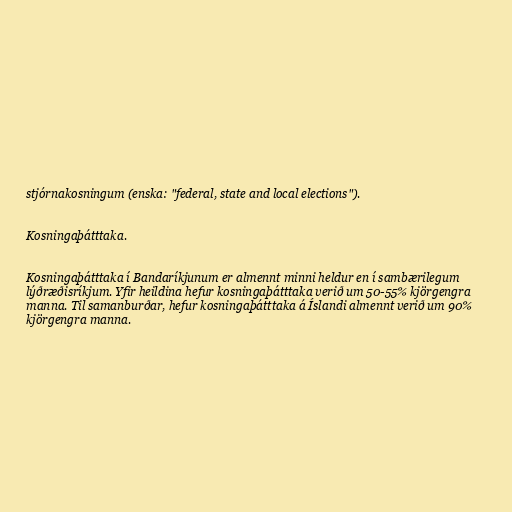
stjórnakosningum (enska: "federal, state and local elections").

Kosningaþátttaka.

Kosningaþátttaka í Bandaríkjunum er almennt minni heldur en í sambærilegum
lýðræðisríkjum. Yfir heildina hefur kosningaþátttaka verið um 50-55% kjörgengra
manna. Til samanburðar, hefur kosningaþátttaka á Íslandi almennt verið um 90%
kjörgengra manna.